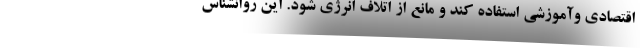
اقتصادی وآموزشی استفاده کند و مانع از اتلاف انرژی شود. این روانشناس